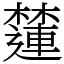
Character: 㰈